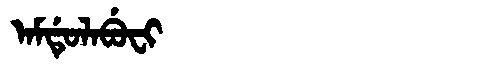
Manchu: ᠠᠮᡩᡠᠯᠠᠪᡠᠸᡳ
Romanization: AMDULABUFI